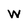
Character: W